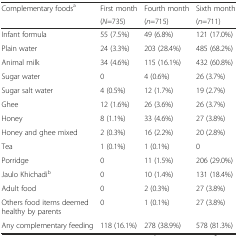
<table><thead><tr><td rowspan="2"><b>Complementary foods<sup>a</sup></b></td><td><b>First month</b></td><td><b>Fourth month</b></td><td><b>Sixth month</b></td></tr><tr><td><b>(<i>N</i>=735)</b></td><td><b>(<i>n</i>=715)</b></td><td><b>(<i>n</i>=711)</b></td></tr></thead><tbody><tr><td>Infant formula</td><td>55 (7.5%)</td><td>49 (6.8%)</td><td>121 (17.0%)</td></tr><tr><td>Plain water</td><td>24 (3.3%)</td><td>203 (28.4%)</td><td>485 (68.2%)</td></tr><tr><td>Animal milk</td><td>34 (4.6%)</td><td>115 (16.1%)</td><td>432 (60.8%)</td></tr><tr><td>Sugar water</td><td>0</td><td>4 (0.6%)</td><td>26 (3.7%)</td></tr><tr><td>Sugar salt water</td><td>4 (0.5%)</td><td>12 (1.7%)</td><td>19 (2.7%)</td></tr><tr><td>Ghee</td><td>12 (1.6%)</td><td>26 (3.6%)</td><td>26 (3.7%)</td></tr><tr><td>Honey</td><td>8 (1.1%)</td><td>33 (4.6%)</td><td>27 (3.8%)</td></tr><tr><td>Honey and ghee mixed</td><td>2 (0.3%)</td><td>16 (2.2%)</td><td>20 (2.8%)</td></tr><tr><td>Tea</td><td>1 (0.1%)</td><td>1 (0.1%)</td><td>0</td></tr><tr><td>Porridge</td><td>0</td><td>11 (1.5%)</td><td>206 (29.0%)</td></tr><tr><td>Jaulo Khichadi<sup>b</sup></td><td>0</td><td>10 (1.4%)</td><td>131 (18.4%)</td></tr><tr><td>Adult food</td><td>0</td><td>2 (0.3%)</td><td>27 (3.8%)</td></tr><tr><td>Others food items deemed healthy by parents</td><td>0</td><td>1 (0.1%)</td><td>27 (3.8%)</td></tr><tr><td>Any complementary feeding</td><td>118 (16.1%)</td><td>278 (38.9%)</td><td>578 (81.3%)</td></tr></tbody></table>